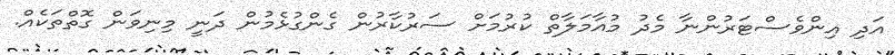
އަދި އިންވެސްޓަރުންނާ މެދު މުއާމަލާތް ކުރުމަށް ސަރުކާރުން ގެންގުޅެމުން ދަނީ މިނިވަން ގޮތްތަކެއް.